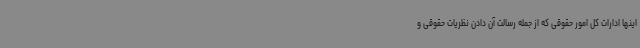
اینها ادارات کل امور حقوقی که از جمله رسالت آن دادن نظریات حقوقی و